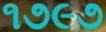
૧૭૯૭